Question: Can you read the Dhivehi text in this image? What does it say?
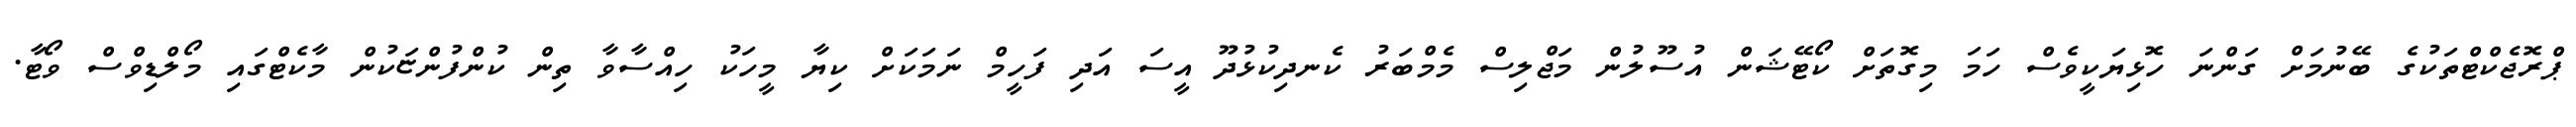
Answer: ޕްރޮޖެކްޓްތަކުގެ ބޭނުމަށް ގަންނަ ހޮޅިޔަކީވެސް ހަމަ މިގޮތަށް ކޯޓޭޝަން އުސޫލުން މަޖްލިސް މެމްބަރު ކެނދިކުޅުދޫ އީސަ އަދި ފަހީމް ނަމަކަށް ކިޔާ މީހަކު ހިއްސާވާ ތިން ކުންފުންޏަކުން މާކެޓްގައި މޯލްޑިވްސް ވޯޓާ.